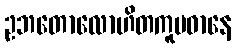
ဥဘတောလောဟိတကူပဓာနေ